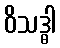
ဝိသဒ္ဓါ